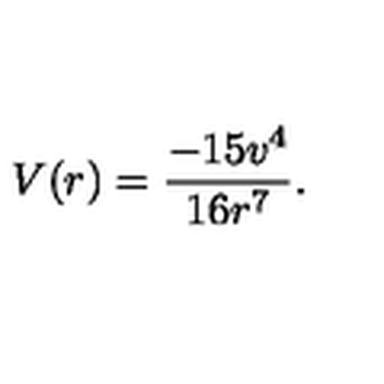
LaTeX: V ( r ) = \frac { - 1 5 v ^ { 4 } } { 1 6 r ^ { 7 } } .